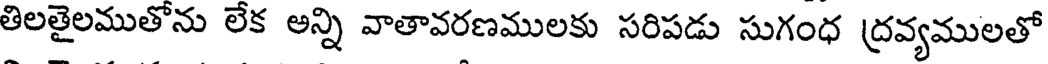
తిలతైలముతోను లేక అన్ని వాతావరణములకు సరిపడు సుగంధ ద్రవ్యములతో